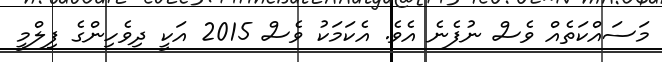
މަސައްކަތެއް ވެސް ނުފެނެ އެވެ. އެކަމަކު ވެސް 2015 އަކީ ދިވެހިންގެ ފިލްމީ